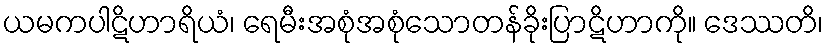
ယမကပါဋိဟာရိယံ၊ ရေမီးအစုံအစုံသောတန်ခိုးပြာဋိဟာကို။ ဒေဿတိ၊